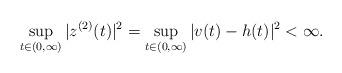
LaTeX: \begin{align*}\sup_{t\in (0,\infty)}|z^{(2)}(t)|^2 = \sup_{t\in (0,\infty)}|v(t)-h(t)|^2 < \infty.\end{align*}